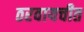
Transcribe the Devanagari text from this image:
ठरवायचीत